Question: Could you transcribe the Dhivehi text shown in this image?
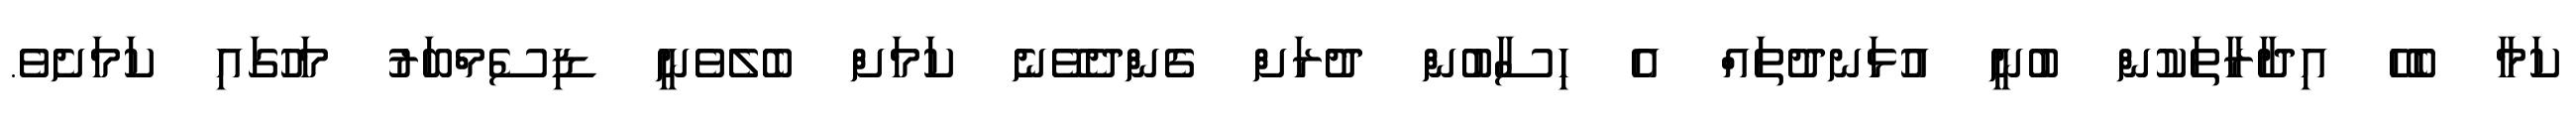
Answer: ކަމާ ބެހޭ އިދާރާތަކުން ބުނީ އުޅަނދުތައް އެ ހިސާބުން ދުރަށް ގެންދެވޭނެ ކަމަށް ބެލެވެނީ ޑިސެމްބަރު މަހުގައި ކަމަށެވެ.